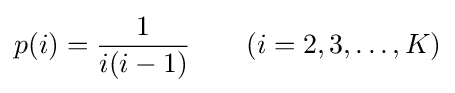
p(i)={\frac {1}{i(i-1)}}\qquad (i=2,3,\dots ,K)